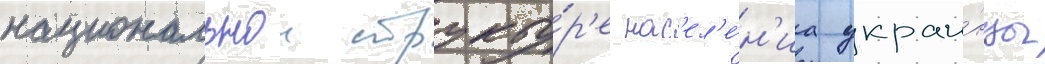
национальнои структу́р'е нас'ел'е́н'иа украи́нцы